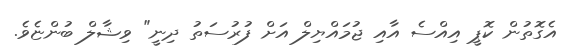
އެގޮތުން ކޮޕީ އިއްސެ އާއި ޖުމައްޔިލް އަށް ފުރުސަތު ދިނީ" ވިޝާލް ބުންޏެވެ.